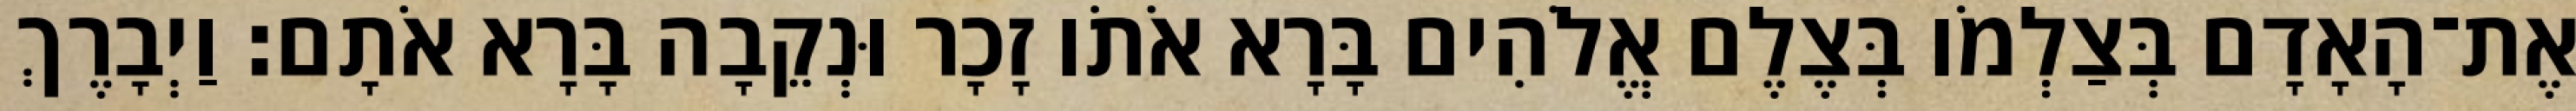
אֶת־הָאָדָם בְּצַלְמֹו בְּצֶלֶם אֱלֹהִים בָּרָא אֹתֹו זָכָר וּנְקֵבָה בָּרָא אֹתָם׃ וַיְבָרֶךְ